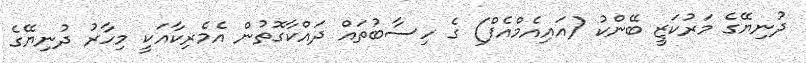
ދުނިޔޭގެ މަރުކަޒީ ބޭންކު (އައިއެމްއެފް) ގެ ހިސާބުތައް ދައްކާގޮތުން އެމެރިކާއަކީ މިހާރު ދުނިޔޭގެ